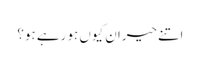
اتنے حیران کیوں ہو رہے ہو؟